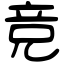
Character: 竞